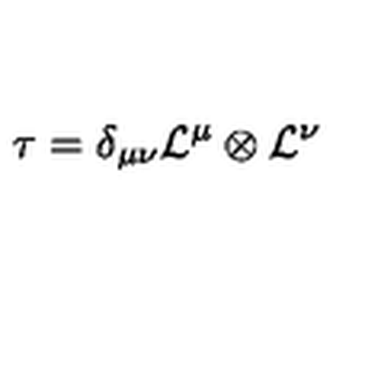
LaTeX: \tau = \delta _ { \mu \nu } { \cal L } ^ { \mu } \otimes { \cal L } ^ { \nu }